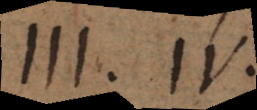
III. IV.